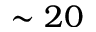
\sim 2 0